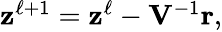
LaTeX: \begin{array}{r}{{\mathbf z}^{\ell+1}={\mathbf z}^{\ell}-{\mathbf V}^{-1}{\mathbf r},}\end{array}